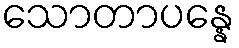
သောတာပန္နေ